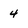
Character: 4